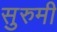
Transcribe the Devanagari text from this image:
सुरुमी